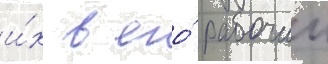
и́х в его́ рабочии